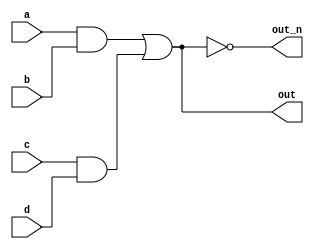
`default_nettype none
module top_module(
    input a,
    input b,
    input c,
    input d,
    output out,
    output out_n   ); 

    wire and_ab, and_cd;
    assign and_ab = a & b;
    assign and_cd = c & d;
    
    assign out = and_ab | and_cd;
    assign out_n = ~out;
    
    
endmodule